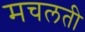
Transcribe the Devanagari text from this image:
मचलती